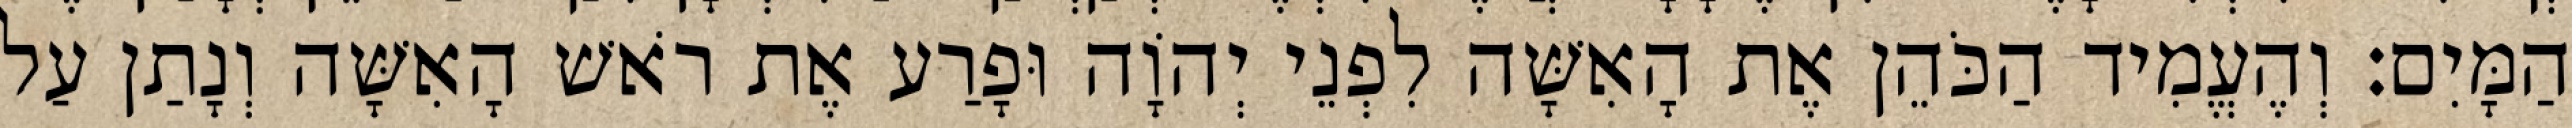
הַמָּיִם׃ וְהֶעֱמִיד הַכֹּהֵן אֶת הָאִשָּׁה לִפְנֵי יְהוָֹה וּפָרַע אֶת רֹאשׁ הָאִשָּׁה וְנָתַן עַל